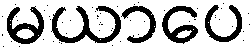
မယာပေ